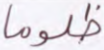
ظلوما